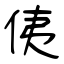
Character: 侇